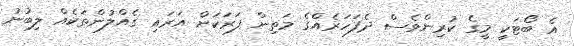
އެ ބޯޓަކީ މީގެ ކުރިންވެސް ދެފަހަރެއްގެ މަތިން ފަރަކަށް އަރައި ގެއްލުންތަކެއް ލިބުނު